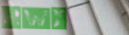
Hwy